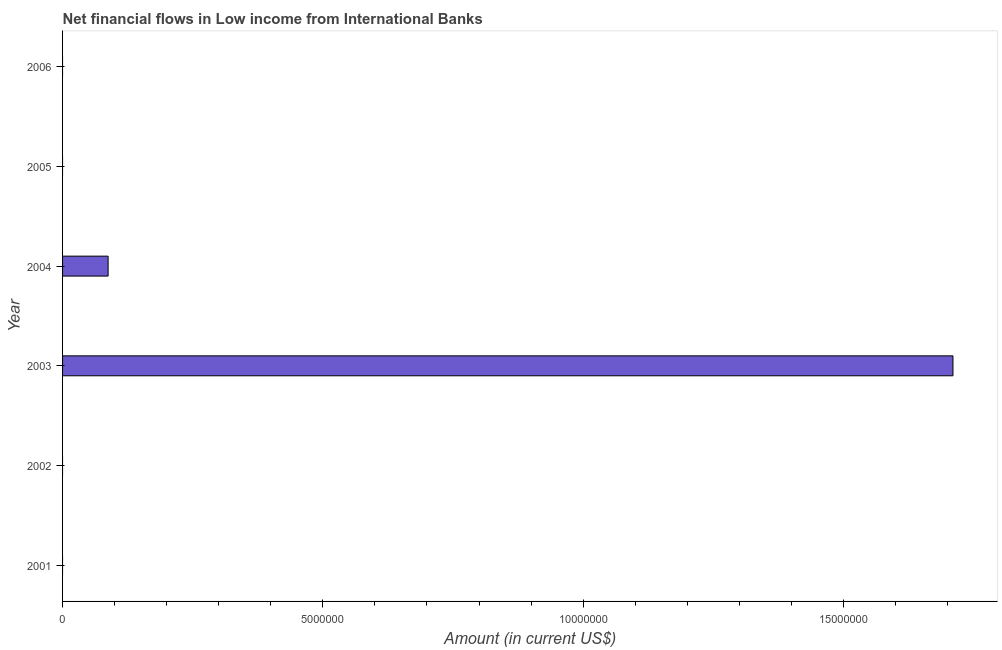
| Year | Net financial flows from IBRD |
 | --- | --- |
 | 2001 | -9.8e+06 |
 | 2002 | -8.53e+07 |
 | 2003 | 1.71e+07 |
 | 2004 | 8.75e+05 |
 | 2005 | -3.76e+06 |
 | 2006 | -4.7e+06 |